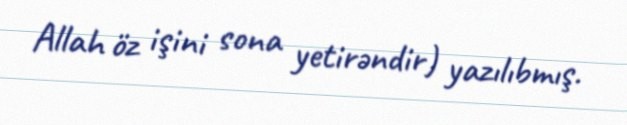
Allah öz işini sona yetirəndir) yazılıbmış.